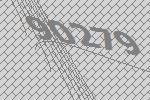
90279